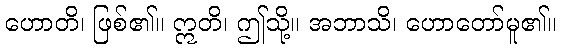
ဟောတိ၊ ဖြစ်၏။ ဣတိ၊ ဤသို့။ အဘာသိ၊ ဟောတော်မူ၏။